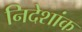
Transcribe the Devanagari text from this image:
निदेशांक